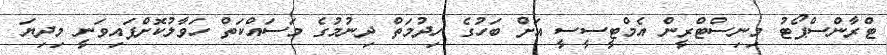
ޓްރާންސްޕޯޓު މިނިސްޓްރީން އެމްޓީސީސީ އަށް ބަހުގެ ހިދުމަތް ދިނުމުގެ މަސައްކަތް ހަވާލުކޮށްފައިވަނީ މިދިޔަ